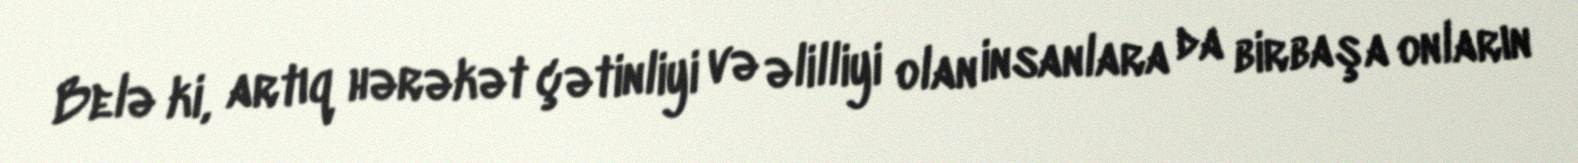
Belə ki, artıq hərəkət çətinliyi və əlilliyi olan insanlara da birbaşa onların